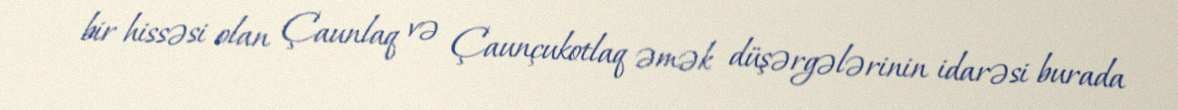
bir hissəsi olan Çaunlaq və Çaunçukotlaq əmək düşərgələrinin idarəsi burada